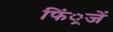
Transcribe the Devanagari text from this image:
फिं्रजें